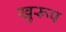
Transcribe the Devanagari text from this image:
खुरूप